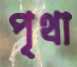
পৃথা